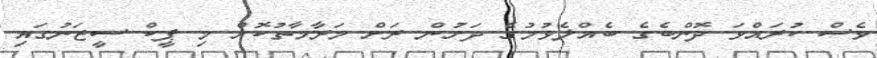
ވެސް ކުރައްވަ ދޮންބެގެ ބެއްލެވުމުގެ ދަށުން ރަށް މަރާމާތުކޮށް މި ޕީކް ސީޒަނުގައި